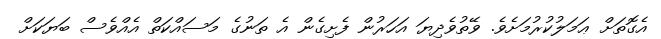
އެގޮތަށް ޢަމަލުކުރުމަށެވެ. ވޭތުވެދިޔަ އަހަރުން ފެށިގެން އެ ތަނުގެ މަސައްކަތް އެއްވެސް ބަޔަކަށް